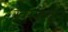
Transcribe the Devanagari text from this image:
ख़रशबुन